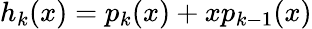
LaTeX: h_{k}(x)=p_{k}(x)+xp_{k-1}(x)